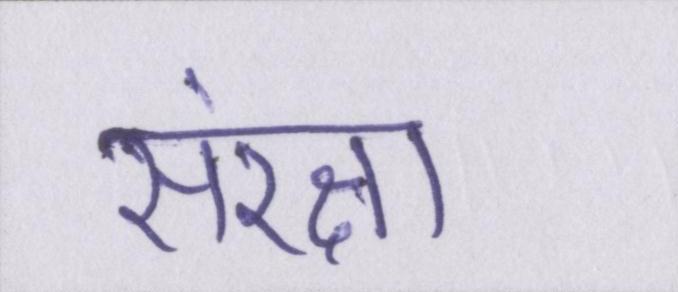
संरक्षा